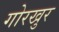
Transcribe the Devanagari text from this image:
गोरखुर